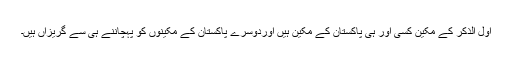
اول الذکر کے مکین کسی اور ہی پاکستان کے مکین ہیں اوردوسرے پاکستان کے مکینوں کو پہچاننے ہی سے گریزاں ہیں۔